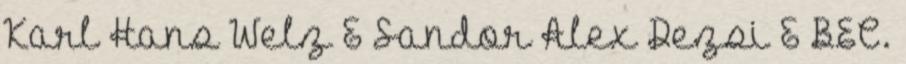
Karl Hans Welz & Sandor Alex Dezsi & BEC.